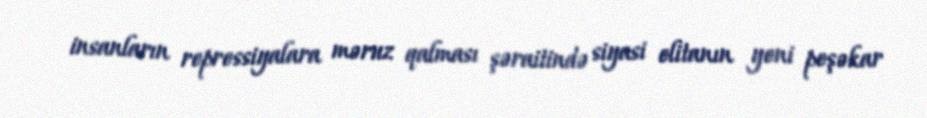
insanların repressiyalara məruz qalması şəraitində siyasi elitanın yeni peşəkar